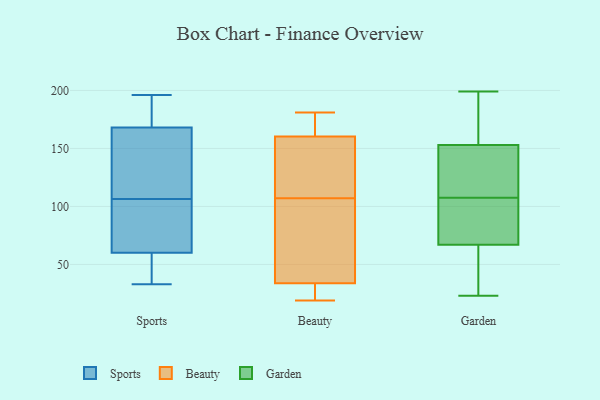
{"axis": {"x": "Waste Production (Tons)", "y": "Value"}, "legend": ["Beauty", "Garden", "Sports"], "data": [{"x": "", "y": 49, "type": "Sports"}, {"x": "", "y": 96, "type": "Sports"}, {"x": "", "y": 196, "type": "Sports"}, {"x": "", "y": 60, "type": "Sports"}, {"x": "", "y": 33, "type": "Sports"}, {"x": "", "y": 70, "type": "Sports"}, {"x": "", "y": 168, "type": "Sports"}, {"x": "", "y": 168, "type": "Sports"}, {"x": "", "y": 117, "type": "Sports"}, {"x": "", "y": 169, "type": "Sports"}, {"x": "", "y": 28, "type": "Beauty"}, {"x": "", "y": 172, "type": "Beauty"}, {"x": "", "y": 181, "type": "Beauty"}, {"x": "", "y": 51, "type": "Beauty"}, {"x": "", "y": 140, "type": "Beauty"}, {"x": "", "y": 19, "type": "Beauty"}, {"x": "", "y": 107, "type": "Beauty"}, {"x": "", "y": 167, "type": "Beauty"}, {"x": "", "y": 20, "type": "Beauty"}, {"x": "", "y": 115, "type": "Beauty"}, {"x": "", "y": 97, "type": "Beauty"}, {"x": "", "y": 43, "type": "Garden"}, {"x": "", "y": 86, "type": "Garden"}, {"x": "", "y": 86, "type": "Garden"}, {"x": "", "y": 174, "type": "Garden"}, {"x": "", "y": 153, "type": "Garden"}, {"x": "", "y": 153, "type": "Garden"}, {"x": "", "y": 23, "type": "Garden"}, {"x": "", "y": 115, "type": "Garden"}, {"x": "", "y": 87, "type": "Garden"}, {"x": "", "y": 57, "type": "Garden"}, {"x": "", "y": 77, "type": "Garden"}, {"x": "", "y": 199, "type": "Garden"}, {"x": "", "y": 118, "type": "Garden"}, {"x": "", "y": 100, "type": "Garden"}, {"x": "", "y": 23, "type": "Garden"}, {"x": "", "y": 199, "type": "Garden"}, {"x": "", "y": 194, "type": "Garden"}, {"x": "", "y": 45, "type": "Garden"}, {"x": "", "y": 134, "type": "Garden"}, {"x": "", "y": 139, "type": "Garden"}]}